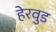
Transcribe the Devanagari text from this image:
हेरवुड